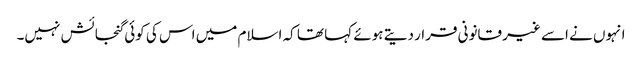
انہوں نے اسے غیر قانونی قرار دیتے ہوئے کہا تھا کہ اسلام میں اس کی کوئی گنجائش نہیں۔